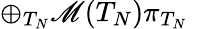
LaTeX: \oplus_{T_{N}}\mathscr{M}(T_{N})\pi_{T_{N}}\, \, \, \,